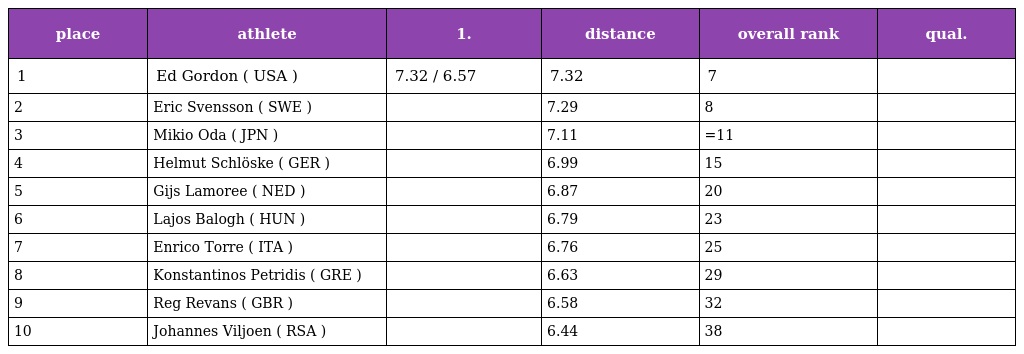
| place | athlete | 1. | distance | overall rank | qual. |
 | --- | --- | --- | --- | --- | --- |
 | 1 | Ed Gordon ( USA ) | 7.32 / 6.57 | 7.32 | 7 |  |
 | 2 | Eric Svensson ( SWE ) |  | 7.29 | 8 |  |
 | 3 | Mikio Oda ( JPN ) |  | 7.11 | =11 |  |
 | 4 | Helmut Schlöske ( GER ) |  | 6.99 | 15 |  |
 | 5 | Gijs Lamoree ( NED ) |  | 6.87 | 20 |  |
 | 6 | Lajos Balogh ( HUN ) |  | 6.79 | 23 |  |
 | 7 | Enrico Torre ( ITA ) |  | 6.76 | 25 |  |
 | 8 | Konstantinos Petridis ( GRE ) |  | 6.63 | 29 |  |
 | 9 | Reg Revans ( GBR ) |  | 6.58 | 32 |  |
 | 10 | Johannes Viljoen ( RSA ) |  | 6.44 | 38 |  |